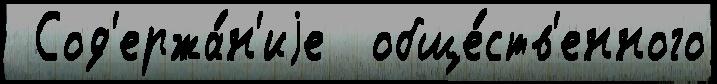
 Сод'ержа́н'иjе  обще́ств'енного